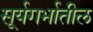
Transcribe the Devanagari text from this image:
सूर्यगर्भातील